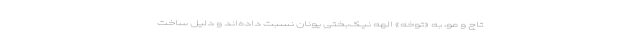
تاج و مو، به «توخه» الهه نیک‌بختی یونان نسبت داده‌اند و دلیل ساخت